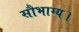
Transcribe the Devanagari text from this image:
सौभाग्य।